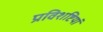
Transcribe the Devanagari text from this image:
प्रविशष्टियां